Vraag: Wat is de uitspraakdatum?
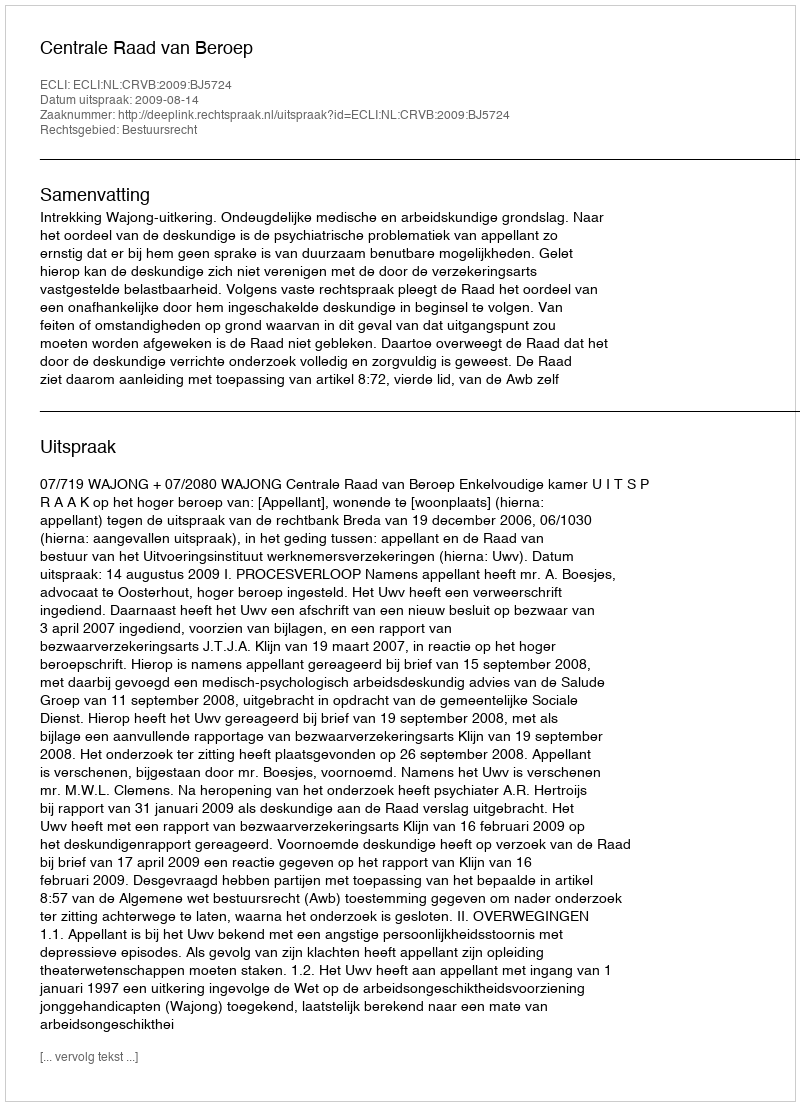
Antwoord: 2009-08-14